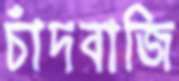
চাঁদবাজি